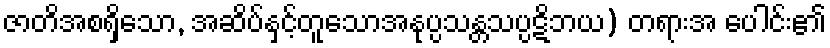
ဇာတိအစရှိသော, အဆိပ်နှင့်တူသောအနုပ္ပသန္တသပ္ပဋိဘယ) တရားအ ပေါင်း၏